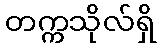
တက္ကသိုလ်ရှိ